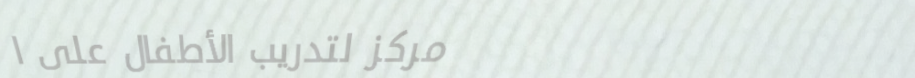
مركز لتدريب الأطفال على ا